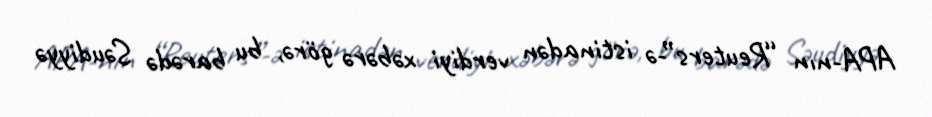
APA-nın “Reuters”-ə istinadən verdiyi xəbərə görə, bu barədə Səudiyyə